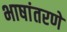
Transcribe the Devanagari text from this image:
भाषांतरणे